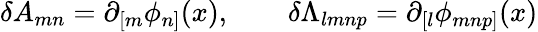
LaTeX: \delta A_{mn}=\partial_{[m}\phi_{n]}(x),\qquad\delta\Lambda_{lmnp}=\partial_{[l}\phi_{mnp]}(x)